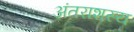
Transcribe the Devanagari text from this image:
अंतराशस्य